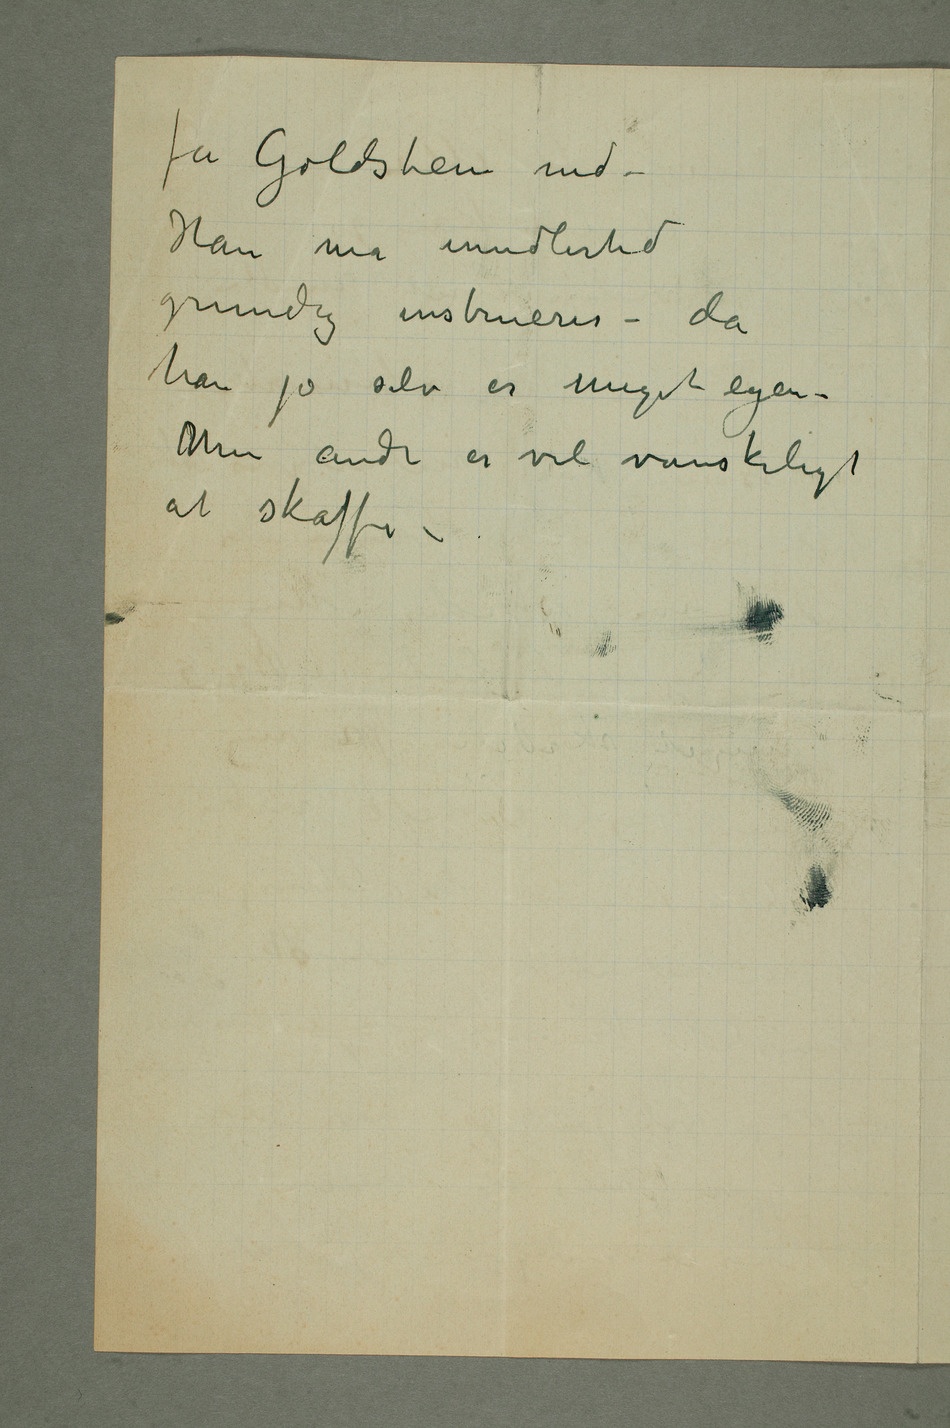
få Goldstein med –
Han må imidlertid
grundig instrueres – da
han jo selv er meget egen –
Men andre er vel vanskeligt
at skaffe